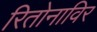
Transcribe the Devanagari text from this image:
रितोनाविर